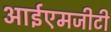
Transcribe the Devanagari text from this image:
आईएमजीटी